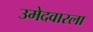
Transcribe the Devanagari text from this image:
उमेदवारला